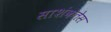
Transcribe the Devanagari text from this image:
साशंकतेस